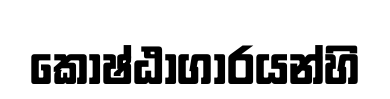
කොෂ්ඨාගාරයන්හි